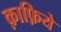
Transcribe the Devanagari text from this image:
क़ाफ़िये